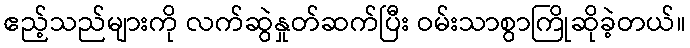
ဧည့်သည်များကို လက်ဆွဲနှုတ်ဆက်ပြီး ဝမ်းသာစွာကြိုဆိုခဲ့တယ်။